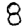
Digit: 8